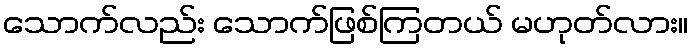
သောက်လည်း သောက်ဖြစ်ကြတယ် မဟုတ်လား။